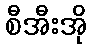
စီအီးအို